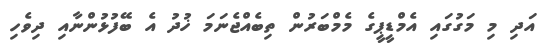
އަދި މި މަގުގައި އެމްޑީޕީގެ މެމްބަރުން ތިބެއްޖެނަމަ ޚުދު އެ ބޭފުޅުންނާއި ދިވެހި